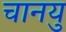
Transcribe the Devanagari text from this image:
चानयु